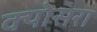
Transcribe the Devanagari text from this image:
क्योसरा